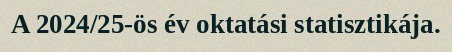
A 2024/25-ös év oktatási statisztikája.